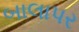
બાલાપર